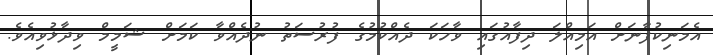
އެމަނިކުފާނަށް އަމިއްލަ ދިފާއުގައި ވާހަކަ ދެއްކުމުގެ ފުރުސަތު ނުދެއްވާ ކަމަށް ޝަމީމް ވިދާޅުވިއެވެ.